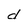
Character: d